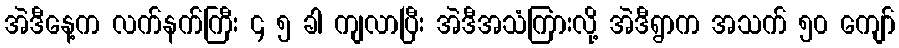
အဲဒီနေ့က လက်နက်ကြီး ၄ ၅ ခါ ကျလာပြီး အဲဒီအသံကြားလို့ အဲဒီရွာက အသက် ၅၀ ကျော်